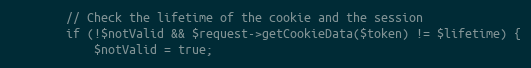
Language: PHP
        // Check the lifetime of the cookie and the session
        if (!$notValid && $request->getCookieData($token) != $lifetime) {
            $notValid = true;